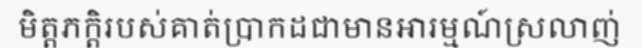
មិត្តភក្តិរបស់គាត់ប្រាកដជាមានអារម្មណ៍ស្រលាញ់